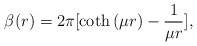
\begin{align*}\beta(r) = {2\pi} [ \coth{(\mu r)}- \frac{1}{\mu r} ],\end{align*}